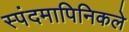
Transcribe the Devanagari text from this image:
स्पंदमापिनिकले